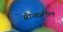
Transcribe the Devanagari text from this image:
ग्रीनव्हील